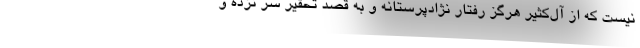
نیست که از آل‌کثیر هرگز رفتار نژادپرستانه و به قصد تحقیر سر نزده و